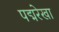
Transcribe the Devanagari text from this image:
पद्मरेखा